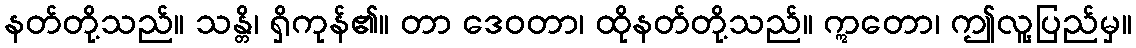
နတ်တို့သည်။ သန္တိ၊ ရှိကုန်၏။ တာ ဒေဝတာ၊ ထိုနတ်တို့သည်။ ဣတော၊ ဤလူ့ပြည်မှ။